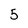
Character: 5